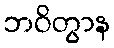
ဘဝိတွာန